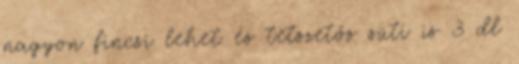
nagyon fincsi lehet és tetszetős süti is 3 dl